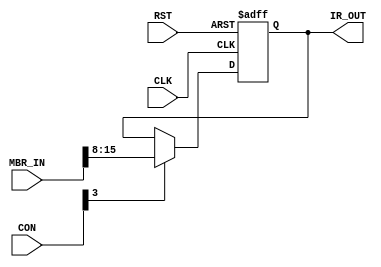
`timescale 1ns / 1ps
//////////////////////////////////////////////////////////////////////////////////
// Company: 
// Engineer: 
// 
// Design Name: 
// Module Name:    IR_001 
// Project Name: 
// Target Devices: 
// Tool versions: 
// Description: 
//
// Dependencies: 
//
// Revision: 
// Revision 0.01 - File Created
// Additional Comments: 
//
//////////////////////////////////////////////////////////////////////////////////
module IR_001(CLK,CON,MBR_IN,IR_OUT,RST);

	input CLK,RST;
	input[15:0] MBR_IN;
	input[31:0] CON;
	output reg [7:0] IR_OUT;
	
	initial
		begin
		IR_OUT <= 0;
	end

	always@(negedge CLK or posedge RST)
		begin
		if(RST)
			begin
			IR_OUT <= 0;
		end
		else
			begin
			if(CON[3])
			IR_OUT <= MBR_IN[15:8];
			else;
		end
	end
endmodule